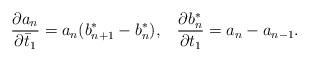
LaTeX: \begin{align*}\frac{\partial a_{n}}{\partial \bar{t}_{1}}=a_{n}(b_{n+1}^{*}-b_{n}^{*}),\;\;\;\frac{\partial b_{n}^{*}}{\partial t_{1}}=a_{n}-a_{n-1}.\end{align*}